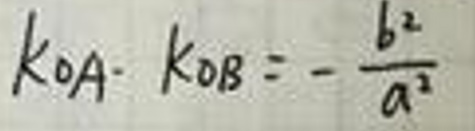
$k _ { O A } \cdot k _ { O B } = - \frac { b ^ { 2 } } { a ^ { 2 } }$